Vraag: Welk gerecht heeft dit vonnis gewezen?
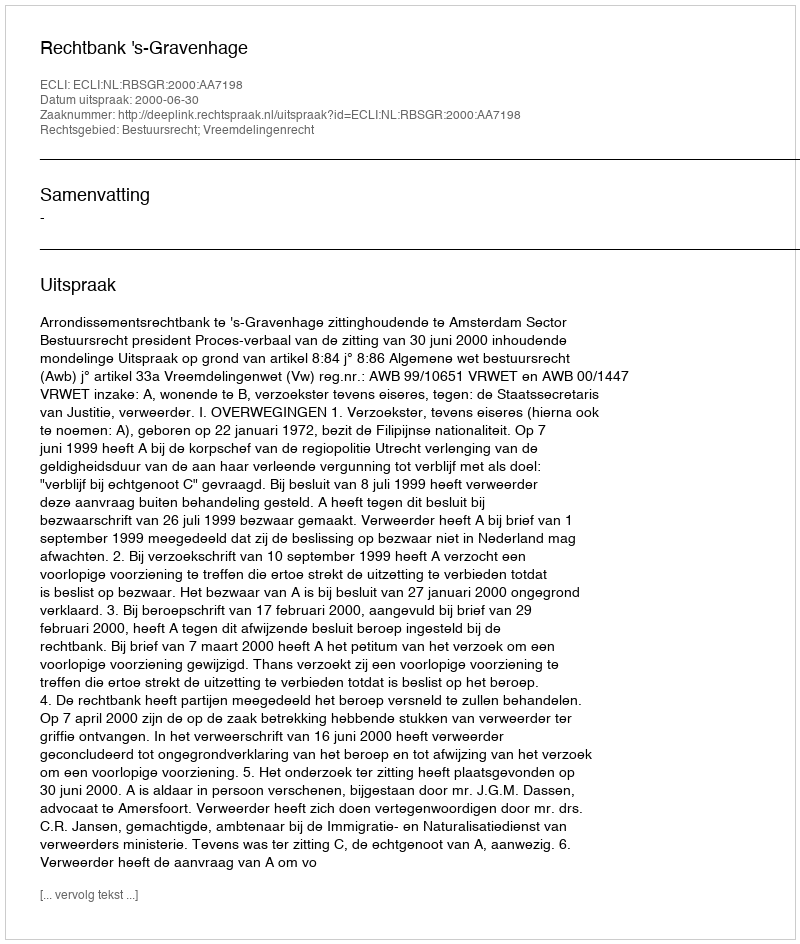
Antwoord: Rechtbank 's-Gravenhage